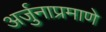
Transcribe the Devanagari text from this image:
अर्जुनाप्रमाणे